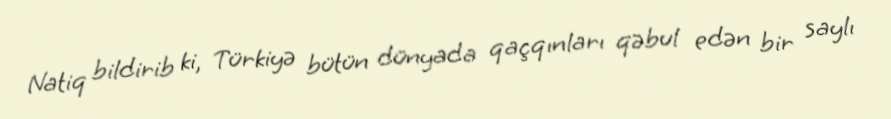
Natiq bildirib ki, Türkiyə bütün dünyada qaçqınları qəbul edən bir saylı